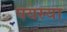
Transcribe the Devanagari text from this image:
पयस्या